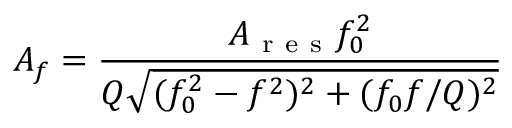
A _ { f } = \frac { A _ { \mathrm { ~ r ~ e ~ s ~ } } f _ { 0 } ^ { 2 } } { Q \sqrt { ( f _ { 0 } ^ { 2 } - f ^ { 2 } ) ^ { 2 } + ( f _ { 0 } f / Q ) ^ { 2 } } }